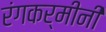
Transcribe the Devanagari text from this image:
रंगकर्मीनी